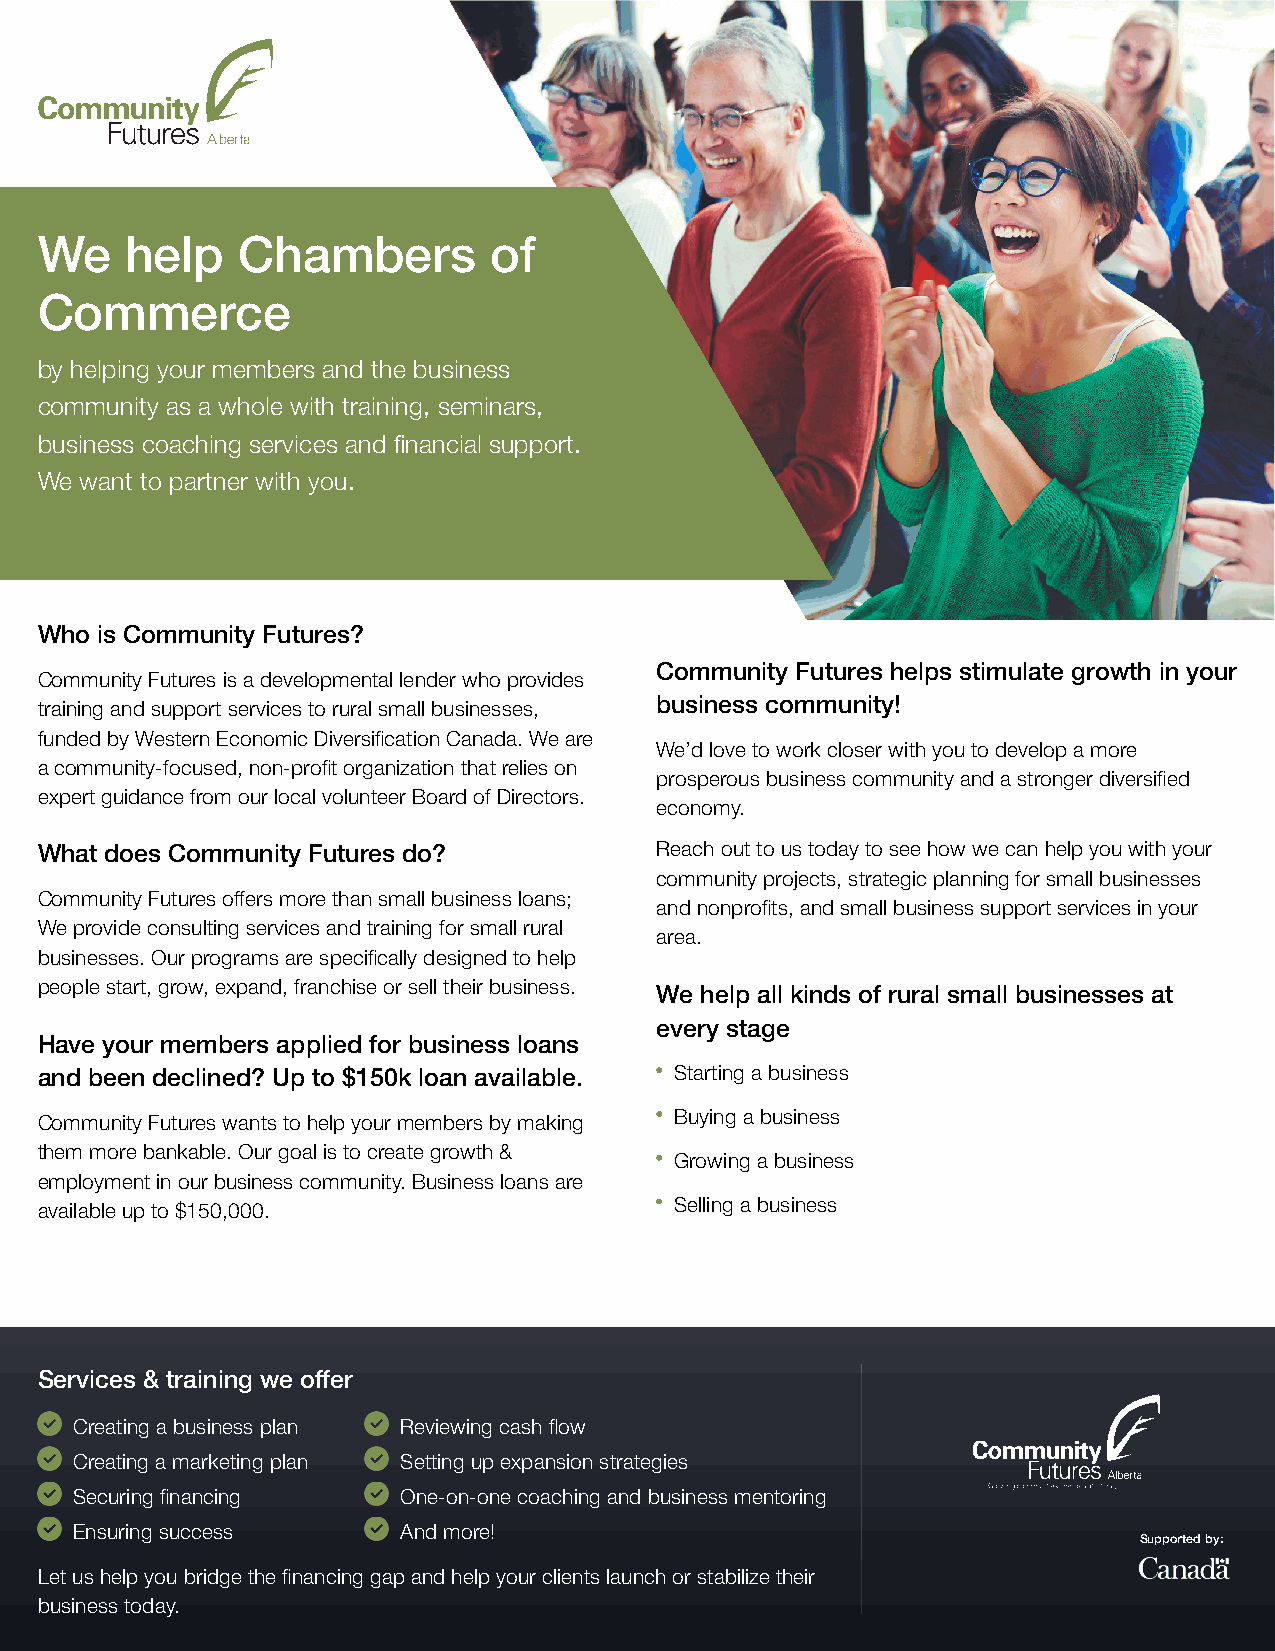
We    help    Chambers        of
 Commerce
 by helping your members and the business
 community as a whole with training, seminars,
 business coaching services and financial support.
 We want to partner with you.
 Who is Community Futures?
 Community Futures helps stimulate growth in your
 Community Futures is a developmental lender who provides
 training and support services to rural small businesses, business community!
 funded by Western Economic Diversification Canada. We are
 We’d love to work closer with you to develop a more
 a community-focused, non-profit organization that relies on
 prosperous business community and a stronger diversified
 expert guidance from our local volunteer Board of Directors.
 economy.
 What does Community Futures do?          Reach out to us today to see how we can help you with your
 community projects, strategic planning for small businesses
 Community Futures offers more than small business loans;
 and nonprofits, and small business support services in your
 We provide consulting services and training for small rural
 area.
 businesses. Our programs are specifically designed to help
 people start, grow, expand, franchise or sell their business.
 We help all kinds of rural small businesses at
 every stage
 Have your members applied for business loans
 and been declined? Up to $150k loan available. Starting a business
 Community Futures wants to help your members by making Buying a business
 them more bankable. Our goal is to create growth &
 Growing a business
 employment in our business community. Business loans are
 available up to $150,000.                  Selling a business
 Services & training we offer
 Creating a business plan Reviewing cash flow
 Creating a marketing plan Setting up expansion strategies
 Securing financing   One-on-one coaching and business mentoring
 Ensuring success     And more!
 Supported by:
 Let us help you bridge the financing gap and help your clients launch or stabilize their
 business today.